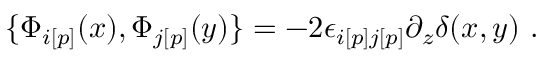
\{ { \Phi } _ { i [ p ] } ( x ) , { \Phi } _ { j [ p ] } ( y ) \} = - 2 { \epsilon } _ { i [ p ] j [ p ] } \partial _ { z } { \delta } ( x , y ) \ .